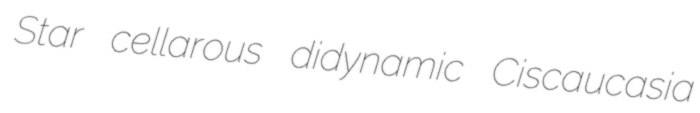
Star cellarous didynamic Ciscaucasia